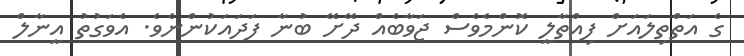
ގެ އަތްތިލައަށް ފިއްތާލީ ކޮންމެވެސް ޖަވާބެއް ދޭށޭ ބުނާ ފަދައަކުންނެވެ. އެވަގުތު އީނާލް